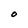
Character: O